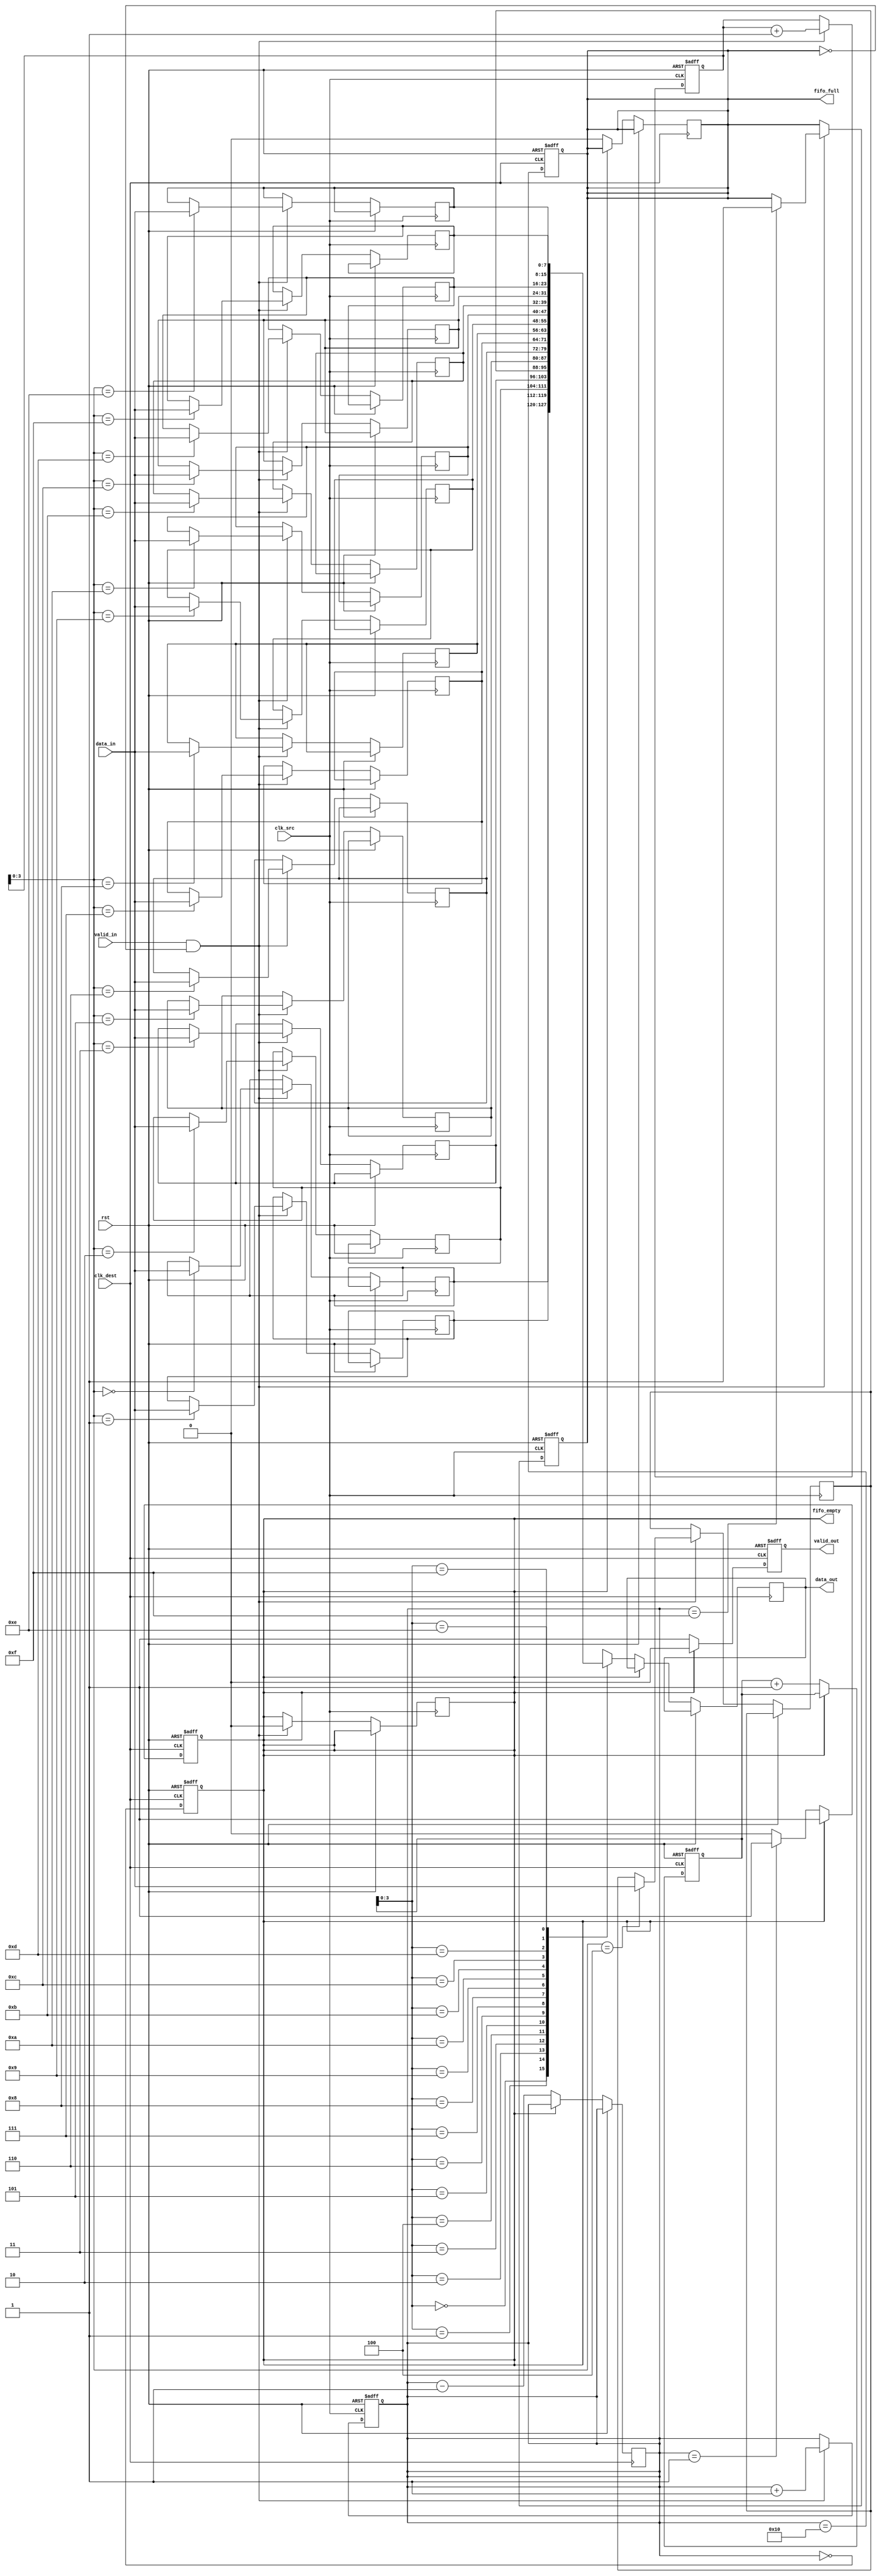
module burst_mode_synchronizer #(
    parameter DATA_WIDTH = 8,
    parameter FIFO_DEPTH = 16
)(
    input wire clk_src,          // Source clock (fast clock)
    input wire clk_dest,         // Destination clock (slow clock)
    input wire rst,              // Reset signal
    input wire [DATA_WIDTH-1:0] data_in, // Data input from source clock domain
    input wire valid_in,         // Valid signal for data input
    output reg [DATA_WIDTH-1:0] data_out, // Data output to destination clock domain
    output reg valid_out,        // Valid signal for data output
    output reg fifo_full,        // FIFO full status
    output reg fifo_empty        // FIFO empty status
);

    // FIFO buffer
    reg [DATA_WIDTH-1:0] fifo [0:FIFO_DEPTH-1];
    reg [4:0] write_ptr;        // Write pointer
    reg [4:0] read_ptr;         // Read pointer
    reg [4:0] fifo_count;       // FIFO count

    // Write Control Logic (Source Clock Domain)
    always @(posedge clk_src or posedge rst) begin
        if (rst) begin
            write_ptr <= 0;
            fifo_count <= 0;
            fifo_full <= 0;
        end else if (valid_in && !fifo_full) begin
            fifo[write_ptr] <= data_in;
            write_ptr <= write_ptr + 1;
            fifo_count <= fifo_count + 1;
            if (fifo_count == FIFO_DEPTH - 1)
                fifo_full <= 1;
            fifo_empty <= 0;
        end
    end

    // Read Control Logic (Destination Clock Domain)
    always @(posedge clk_dest or posedge rst) begin
        if (rst) begin
            read_ptr <= 0;
            valid_out <= 0;
            fifo_empty <= 1;
        end else if (!fifo_empty) begin
            data_out <= fifo[read_ptr];
            valid_out <= 1;
            read_ptr <= read_ptr + 1;
            fifo_count <= fifo_count - 1;
            if (fifo_count == 1)
                fifo_empty <= 1;
            fifo_full <= 0;
        end else begin
            valid_out <= 0; // No valid data if FIFO is empty
        end
    end

    // Synchronization Logic
    reg [1:0] sync_valid;
    always @(posedge clk_dest or posedge rst) begin
        if (rst) begin
            sync_valid <= 2'b00;
        end else begin
            sync_valid <= {sync_valid[0], valid_in}; // Synchronize valid signal
        end
    end

    // Update FIFO status signals
    always @(posedge clk_dest or posedge rst) begin
        if (rst) begin
            fifo_full <= 0;
            fifo_empty <= 1;
        end else begin
            fifo_full <= (fifo_count == FIFO_DEPTH);
            fifo_empty <= (fifo_count == 0);
        end
    end

endmodule